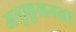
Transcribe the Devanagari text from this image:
अनुकूलनता